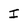
Character: I